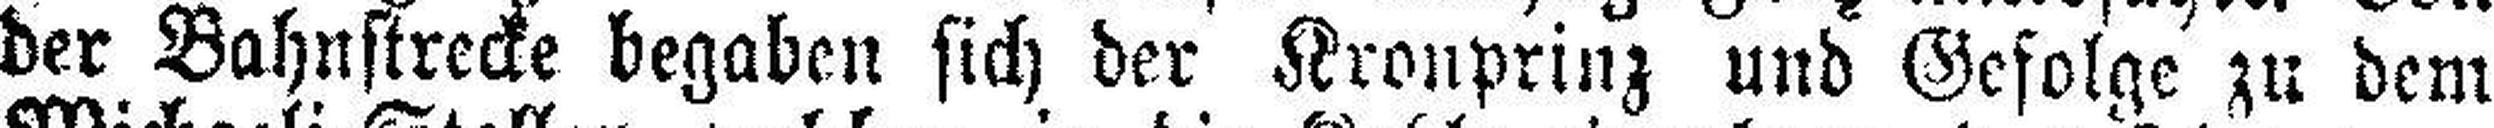
der Bahnstrecke begaben sich der Kronprinz und Gefolge zu dem